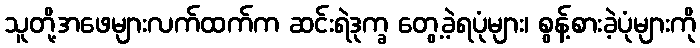
သူတို့အဖေများလက်ထက်က ဆင်းရဲဒုက္ခ တွေ့ခဲ့ရပုံများ၊ စွန့်စားခဲ့ပုံများကို